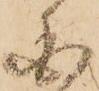
国